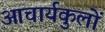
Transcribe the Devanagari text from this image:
आचार्यकुलों